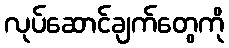
လုပ်ဆောင်ချက်တွေကို